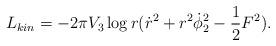
LaTeX: \begin{align*}L_{kin}= -2\pi V_{3}\log r({\dot{r}}^{2}+ r^{2}\dot{\phi}_{2}^{2}- {1\over2}F^2).\end{align*}